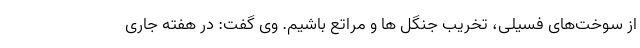
از سوخت‌های فسیلی، تخریب جنگل ها و مراتع باشیم. وی گفت: در هفته جاری